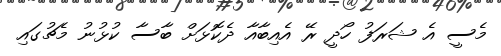
މެސީ އެ ޝަރަފު ހޯދީ ރޭ އެއިބާއާ ދެކޮޅަށް ބާސާ ކުޅުނު މެޗުގައި